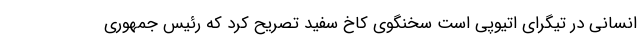
انسانی در تیگرای اتیوپی است سخنگوی کاخ سفید تصریح کرد که رئیس جمهوری